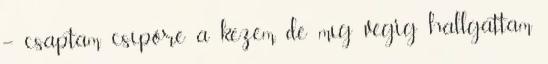
– csaptam csípőre a kezem, de míg végig hallgattam